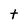
Character: t